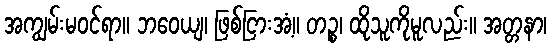
အကျွမ်းမဝင်ရာ။ ဘဝေယျ၊ ဖြစ်ငြားအံ့။ တဉ္စ၊ ထိုသူကိုမူလည်း။ အတ္တနာ၊